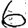
Digit: 6